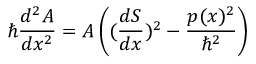
\hbar \frac { d ^ { 2 } A } { d x ^ { 2 } } = A \left( ( \frac { d S } { d x } ) ^ { 2 } - \frac { p ( x ) ^ { 2 } } { \hbar ^ { 2 } } \right)